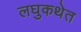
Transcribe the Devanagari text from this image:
लघुकथेत